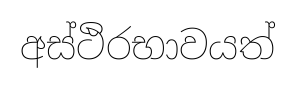
අස්ථිරභාවයත්